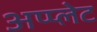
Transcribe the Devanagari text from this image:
अप्प्लेट